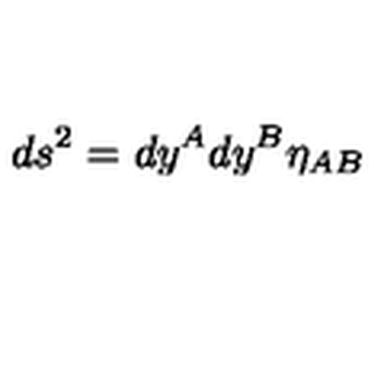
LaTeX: d s ^ { 2 } = d y ^ { A } d y ^ { B } \eta _ { A B }